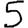
Digit: 5